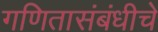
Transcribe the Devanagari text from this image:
गणितासंबंधीचे